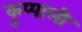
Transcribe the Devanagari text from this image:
कुप्पाली